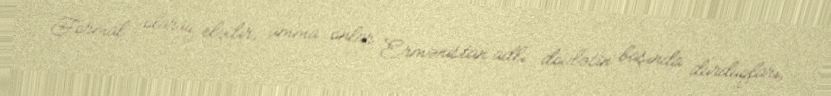
Formal olaraq elədir, amma onlar Ermənistan adlı dövlətin başında durduqları,